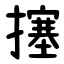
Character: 㩙